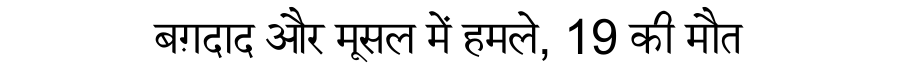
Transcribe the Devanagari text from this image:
बग़दाद और मूसल में हमले, 19 की मौत